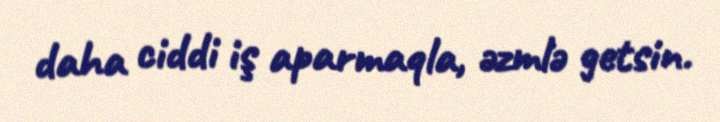
daha ciddi iş aparmaqla, əzmlə getsin.